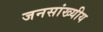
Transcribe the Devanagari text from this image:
जनसांख्यीय